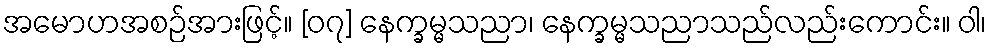
အမောဟအစဉ်အားဖြင့်။ [၀၇] နေက္ခမ္မသညာ၊ နေက္ခမ္မသညာသည်လည်းကောင်း။ ဝါ၊